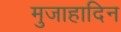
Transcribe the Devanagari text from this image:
मुजाहादिन